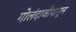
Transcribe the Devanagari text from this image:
गोलंदाजीपासून